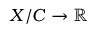
X / C \to \mathbb { R }